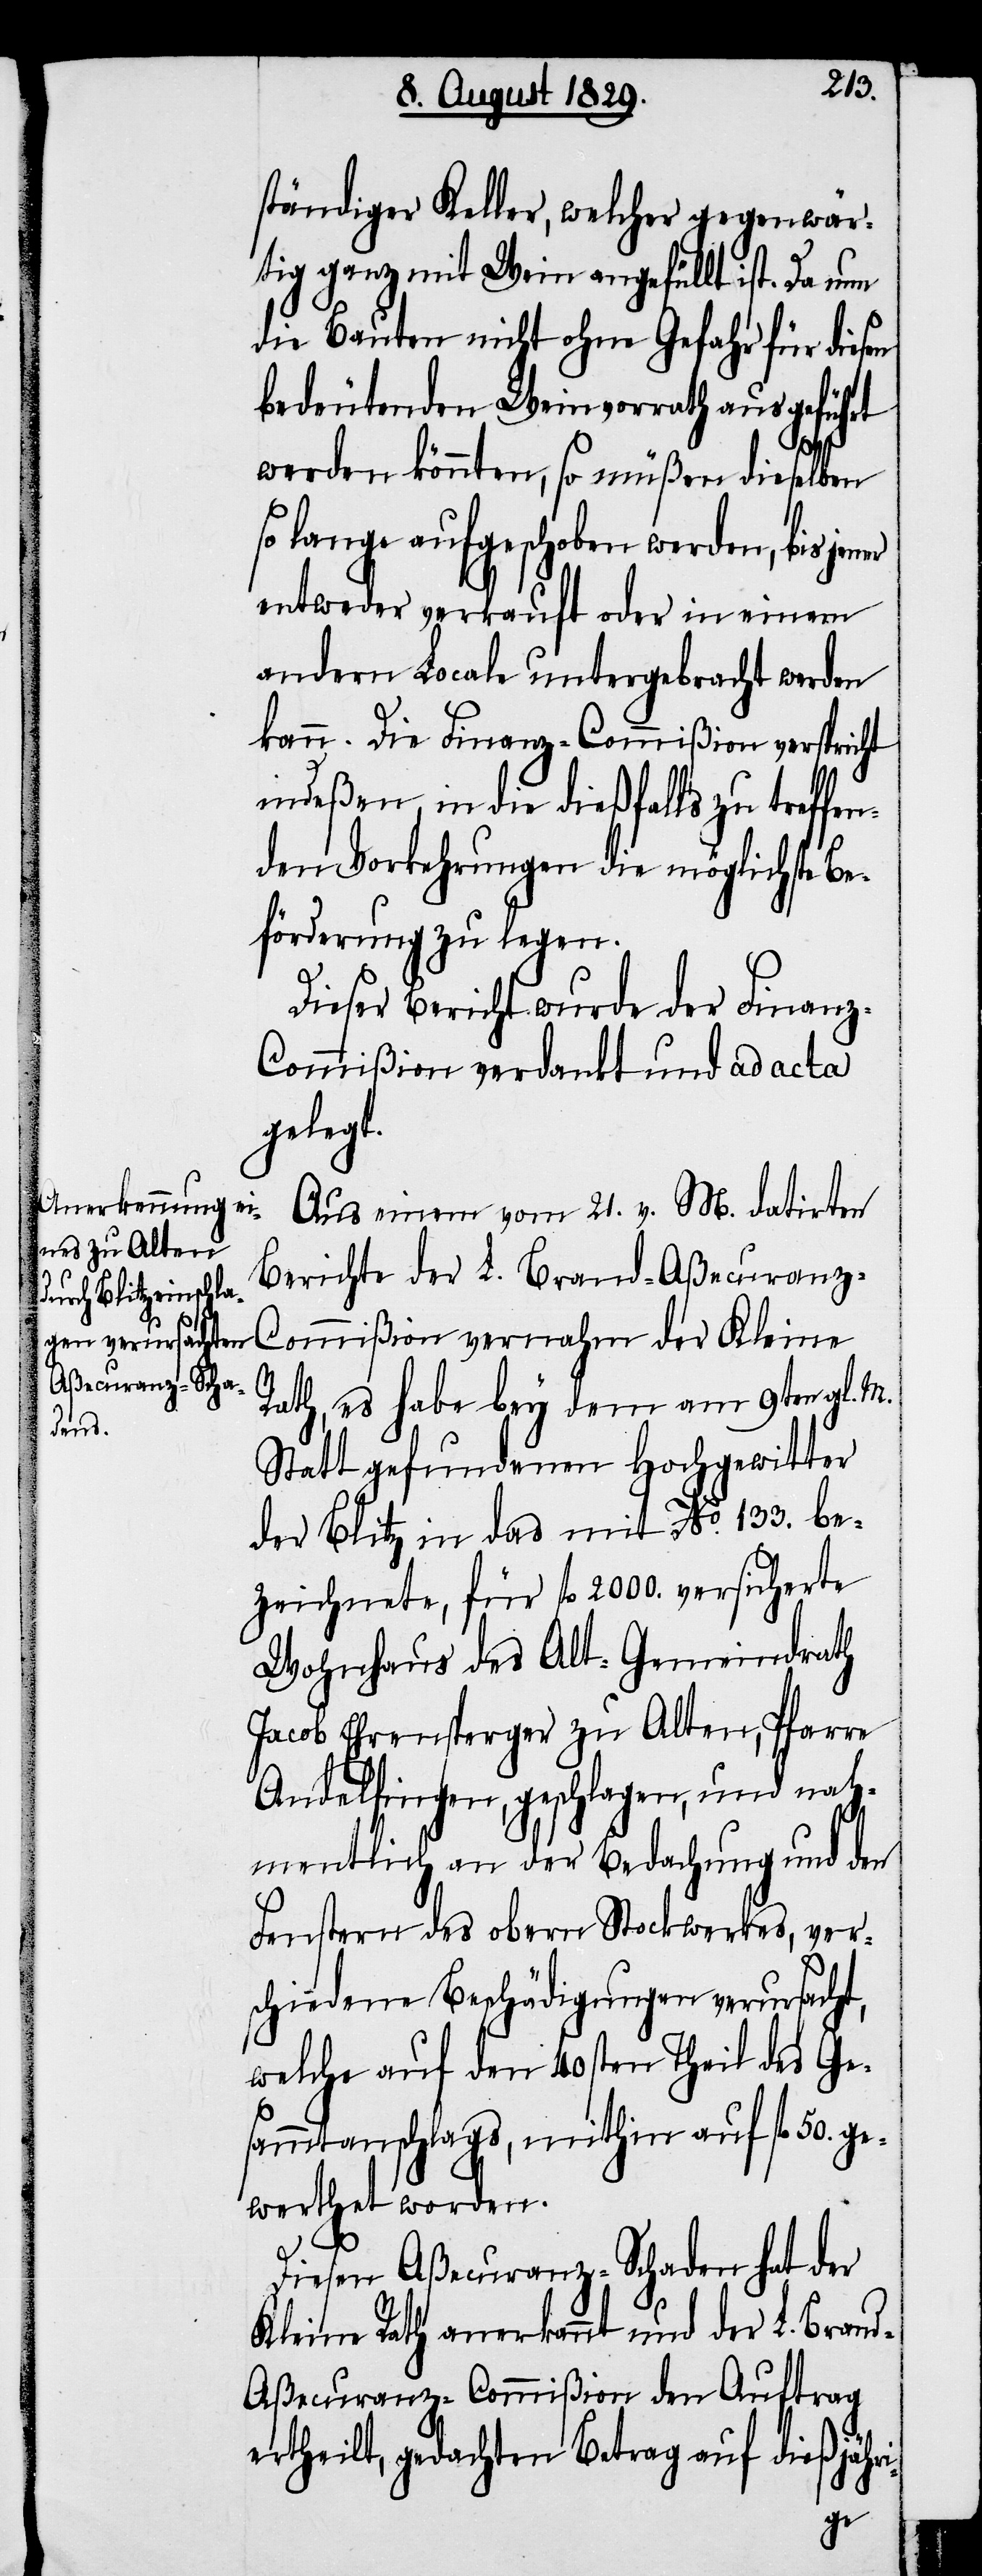
ständiger Keller, welcher gegenwär¬
tig ganz mit Wein angefüllt ist. Da nun
die Bauten nicht ohne Gefahr für diesen
bedeutenden Weinvorrath ausgeführt
werden könnte, so müßen dieselben
so lange aufgeschoben werden, bis jener
entweder verkauft oder in einem
andern Locale untergebracht werden
kann. Die Finanz-Commißion verspricht
indeßen, in die dießfalls zu treffen¬
den Vorkehrungen die möglichste Be¬
förderung zu legen.
Dieser Bericht wurde der Finan¬
z-Commißion verdankt und ad acta
gelegt.
Aus einem vom 21. v. M datirten
Bericht der L. Brand-Aßecuranz-C¬
ommißion vernahm der Kleine
Rath, es habe bey dem am 9ten gl. M.
Statt gefundenen Hochgewitter
der Blitz in das mit No. 133. be¬
zeichnete, für fl. 2000. versicherte
Wohnhaus des Alt-Gemeindrath
Jacob Ehrensperger zu Alten, Pfarre
Andelfingen, geschlagen, und nah¬
mentlich an der Bedachung und den
Fenstern des obern Stockwerkes, ver¬
schiedene Beschädigungen verursacht,
welche auf den 40sten Theil des Ge¬
sammtanschlags, mithin auf fl. 50. ge¬
werthet werden.
Diesen Aßecuranz-Schaden hat der
Kleine Rath anerkannt und der L. Bran¬
d-Aßecuranz-Commißion den Auftrag
ertheilt, gedachten Betrag auf dießjähri-